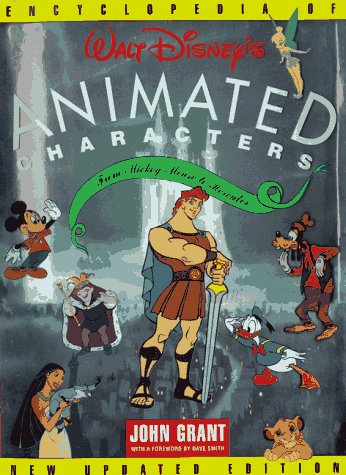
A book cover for Encyclopedia of Walt Disney's Animated Characters: From Mickey Mouse to Hercules; John Grant; Humor & Entertainment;